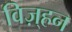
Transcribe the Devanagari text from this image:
विज़्हन